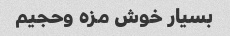
بسیار خوش مزه وحجیم